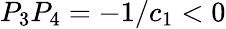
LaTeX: P_{3}P_{4}=-1/c_{1}<0